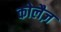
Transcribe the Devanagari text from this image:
कोलैज़